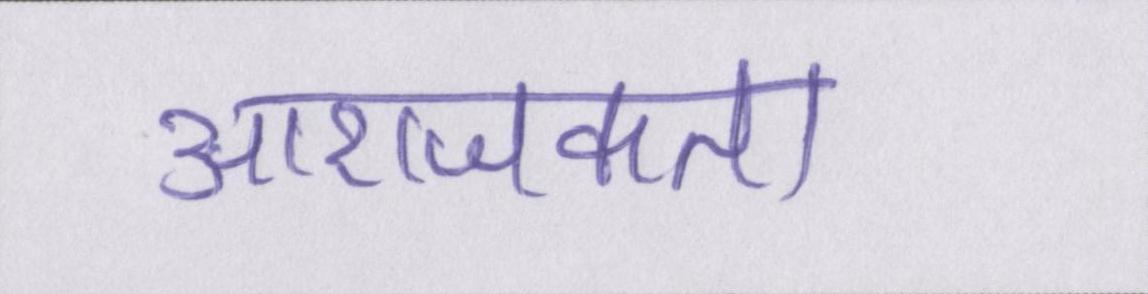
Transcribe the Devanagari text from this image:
आराजकता